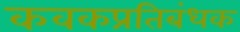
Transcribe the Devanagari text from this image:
कवकप्रतिबंधक